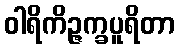
ဝါရိကိဉ္ဇက္ခပူရိတာ